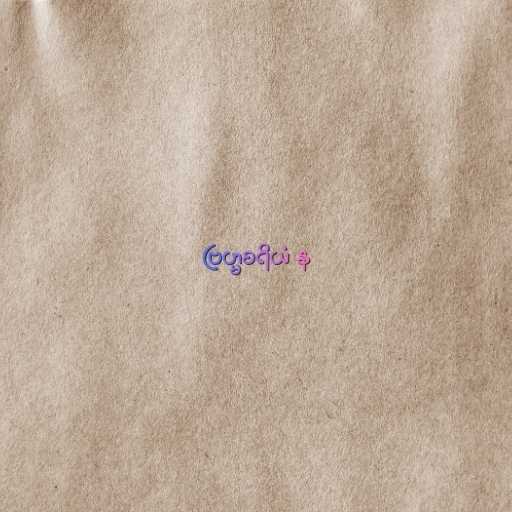
ဗြဟ္မစရိယံ န